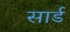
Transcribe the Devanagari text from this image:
सार्ड